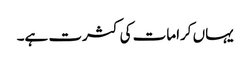
یہاں کرامات کی کثرت ہے۔